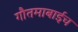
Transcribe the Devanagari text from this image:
गौतमाबाईच